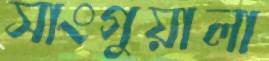
সাংগুয়ালা